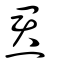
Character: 焄